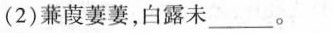
(2)蒹葭萋萋，白露未___。